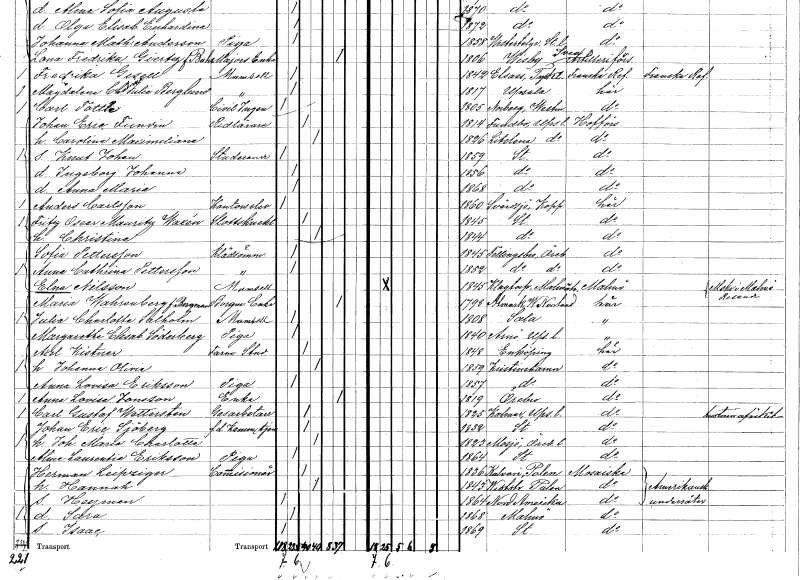
gt_parse: households: individuals: FN: Anders
EN: Carlsson
YRKE: Kontorselev
KON: M
CIV: O
FODAR: 1860
FODFORS: Svärdsjö Kopparbergs län
FN: Fritz Oscar Mauritz
EN: Waxén
YRKE: Slottsknekt
KON: M
CIV: G
FODAR: 1845
FODFORS: Stockholm
FN: Christina
KON: K
CIV: G
FODAR: 1844
FODFORS: Stockholm
FN: Sofia
EN: Pettersson
YRKE: Klädsömmerska
KON: K
CIV: O
FODAR: 1845
FODFORS: Fellingsbro Örebro län
FN: Anna Cathrina
EN: Pettersson
YRKE: Klädsömmerska
KON: K
CIV: O
FODAR: 1852
FODFORS: Fellingsbro Örebro län
FN: Elna
EN: Nilsson
KON: K
CIV: O
FODAR: 1845
FODFORS: Klagstorp Malmöhus län
FN: Maria
EN: Wahrenberg Bergman
YRKE: Borgmästareänka
KON: K
CIV: E
FODAR: 1798
FODFORS: Attmar Västernorrlands län
FN: Julia Charlotta
EN: Salholm
KON: K
CIV: O
FODAR: 1808
FODFORS: Sala Västmanlands län
FN: Margaretha Elisabet
EN: Söderberg
YRKE: Piga
KON: K
CIV: O
FODAR: 1840
FODFORS: Arnö Uppsala län
FN: Axel
EN: Kistner
YRKE: Farm. student
KON: M
CIV: G
FODAR: 1848
FODFORS: Enköping Uppsala län
FN: Johanna Olivia
KON: K
CIV: G
FODAR: 1859
FODFORS: Kristinehamn Värmlands län
FN: Anna Lovisa
EN: Eriksson
YRKE: Piga
KON: K
CIV: O
FODAR: 1857
FODFORS: Kristinehamn Värmlands län
FN: Anna Lovisa
EN: Jonsson
YRKE: Änka
KON: K
CIV: E
FODAR: 1819
FODFORS: Örebro Örebro län
FN: Carl Gustaf
EN: Wettersten
YRKE: Gasarbetare
KON: M
CIV: G
FODAR: 1825
FODFORS: Kalmar Uppsala län
FN: Johan Eric
EN: Sjöberg
YRKE: Kammartjänare f.d.
KON: M
CIV: G
FODAR: 1832
FODFORS: Stockholm
FN: Johanna Maria Charlotta
KON: K
CIV: G
FODAR: 1823
FODFORS: Mosjö Örebro län
FN: Alma Laurentia
EN: Eriksson
YRKE: Piga
KON: K
CIV: O
FODAR: 1864
FODFORS: Stockholm
FN: Herman
EN: Leipziger
YRKE: Kommissionär
KON: M
CIV: G
FODAR: 1836
FN: Hannah
KON: K
CIV: G
FODAR: 1843
FN: Heyman
KON: M
CIV: O
FODAR: 1864
FN: Sara
KON: K
CIV: O
FODAR: 1868
FODFORS: Malmö Malmöhus län
FN: Isaac
KON: M
CIV: O
FODAR: 1869
FODFORS: Stockholm